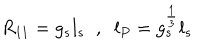
R _ { 1 1 } = g _ { s } l _ { s } \; \; , \; \; l _ { P } = g _ { s } ^ { \frac { 1 } { 3 } } l _ { s }